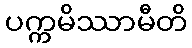
ပက္ကမိဿာမီတိ